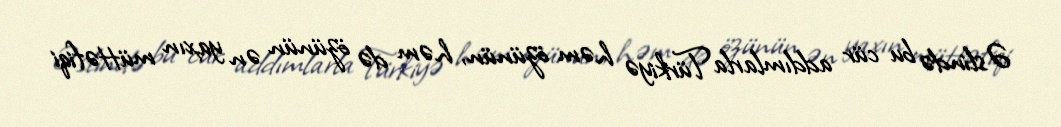
Əslində bu cür addımlarla Türkiyə həm özünün, həm də özünün ən yaxın müttəfiqi